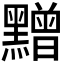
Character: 𪒟